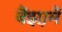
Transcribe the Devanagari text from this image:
बैंझ़ामैं